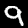
Label: 9